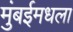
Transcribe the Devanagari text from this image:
मुंबईमधला